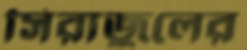
সিরাজুলের